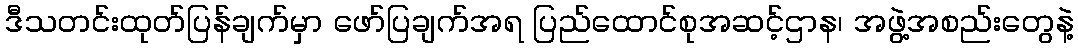
ဒီသတင်းထုတ်ပြန်ချက်မှာ ဖော်ပြချက်အရ ပြည်ထောင်စုအဆင့်ဌာန၊ အဖွဲ့အစည်းတွေနဲ့